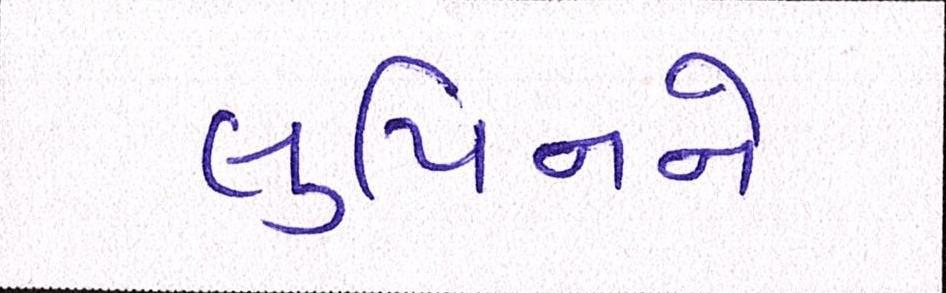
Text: લુપિનને